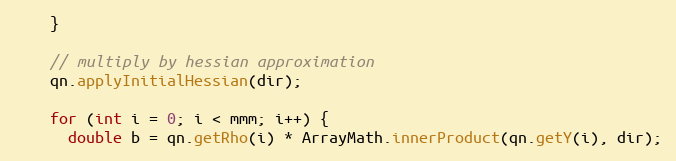
Language: Java
    }

    // multiply by hessian approximation
    qn.applyInitialHessian(dir);

    for (int i = 0; i < mmm; i++) {
      double b = qn.getRho(i) * ArrayMath.innerProduct(qn.getY(i), dir);